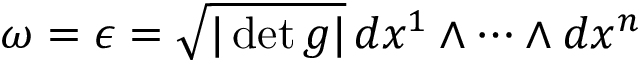
\omega = \epsilon = { \sqrt { | \operatorname* { d e t } g | } } \, d x ^ { 1 } \wedge \cdots \wedge d x ^ { n }